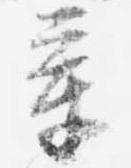
章